Black-water fever - Number 35
Disease focus: Fever
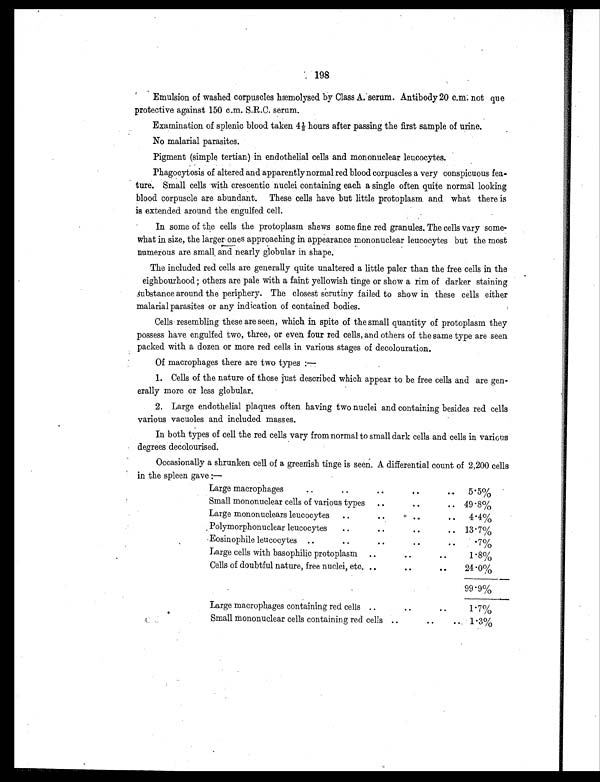
198
Emulsion of washed corpuscles hæmolysed by Class A. serum. Antibody 20 c.m. not que
protective against 150 c.m. S.R.C. serum.
Examination of splenic blood taken 4½ hours after passing the first sample of urine.
No malarial parasites.
Pigment (simple tertian) in endothelial cells and mononuclear leucocytes.
Phagocytosis of altered and apparently normal red blood corpuscles a very conspicuous fea-
ture. Small cells with crescentic nuclei containing each a single often quite normal looking
blood corpuscle are abundant. These cells have but little protoplasm and what there is
is extended around the engulfed cell.
• In some of the cells the protoplasm shews some fine red granules. The cells vary some-
what in size, the larger ones approaching in appearance mononuclear leucocytes but the most
numerous are small and nearly globular in shape.
The included red cells are generally quite unaltered a little paler than the free cells in the
eighbourhood ; others are pale with a faint yellowish tinge or show a rim of darker staining
substance around the periphery. The closest scrutiny failed to show in these cells either
malarial parasites or any indication of contained bodies.
Cells resembling these are seen, which in spite of the small quantity of protoplasm they
possess have engulfed two, three, or even four red cells, and others of the same type are seen
packed with a dozen or more red cells in various stages of decolouration.
Of macrophages there are two types :—
1. Cells of the nature of those just described which appear to be free cells and are gen-
erally more or less globular.
2. Large endothelial plaques often having two nuclei and containing besides red cells
various vacuoles and included masses.
In both types of cell the red cells vary from normal to small dark cells and cells in various
degrees decolourised.
Occasionally a shrunken cell of a greenish tinge is seen. A differential count of 2,200 cells
in the spleen gave :—
Large macrophages
..
..
..
..
.. 5.5%
Small mononuclear cells of various types ..
..
.. 49.8%
Large mononuclears leucocytes ..
..
.. .. ..
4.4%
Polymorphonuclear leucocytes ..
..
..
.. 13.7%
Eosinophile leucocytes ..
..
..
..
.. . 7 %
Large cells with basophilic protoplasm ..
..
..
1.8%
Cells of doubtful nature, free nuclei, etc. ..
..
..
24.0%
99.9%
Large macrophages containing red cells ..
..
..
1.7%
Small mononuclear cells containing red cells ..
..
.. 1.3%